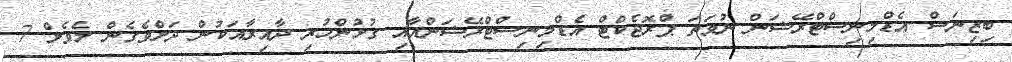
ބިޒިނަސް އެޑްމިނިސްޓްރޭޝަން ނުވަތަ ޕްރޮޖެކްޓް އެޑްމިނިސްޓްރޭޝަންއާއި ގުޅުންހުރި ދާއިރާއަކުން ދަށްވެގެން ލެވެލް 7